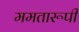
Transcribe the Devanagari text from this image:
ममतारूपी